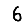
Digit: 6